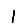
Digit: 1